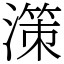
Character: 𣽤